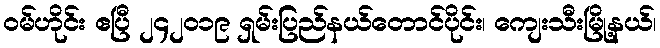
ဝမ်ဟိုင်း ဧပြီ ၂၄၂၀၁၉ ရှမ်းပြည်နယ်တောင်ပိုင်း၊ ကျေးသီးမြို့နယ်၊